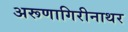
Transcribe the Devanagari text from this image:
अरूणागिरीनाथर